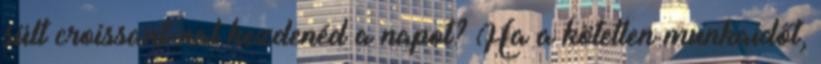
sült croissant-nal kezdenéd a napot? Ha a kötetlen munkaidőt,